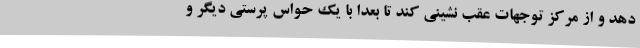
دهد و از مرکز توجهات عقب نشینی کند تا بعدا با یک حواس پرستی دیگر و